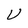
Character: U